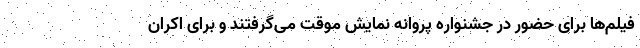
فیلم‌ها برای حضور در جشنواره پروانه نمایش موقت می‌گرفتند و برای اکران